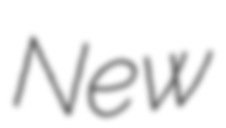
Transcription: New